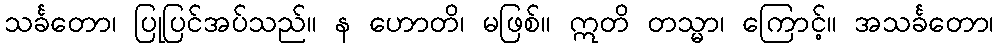
သင်္ခတော၊ ပြုပြင်အပ်သည်။ န ဟောတိ၊ မဖြစ်။ ဣတိ တသ္မာ၊ ကြောင့်။ အသင်္ခတော၊